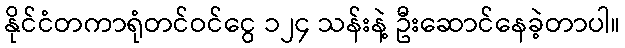
နိုင်ငံတကာရုံတင်ဝင်ငွေ ၁၂၄ သန်းနဲ့ ဦးဆောင်နေခဲ့တာပါ။